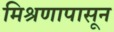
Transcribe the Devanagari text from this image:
मिश्रणापासून